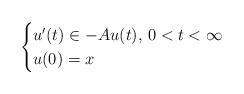
LaTeX: \begin{align*}\begin{cases}u'(t)\in -Au(t),\, 0<t<\infty\\u(0)=x\end{cases}\end{align*}